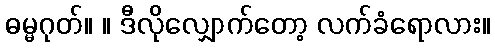
ဓမ္မဂုတ်။ ။ ဒီလိုလျှောက်တော့ လက်ခံရောလား။